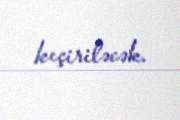
keçiriləcək.